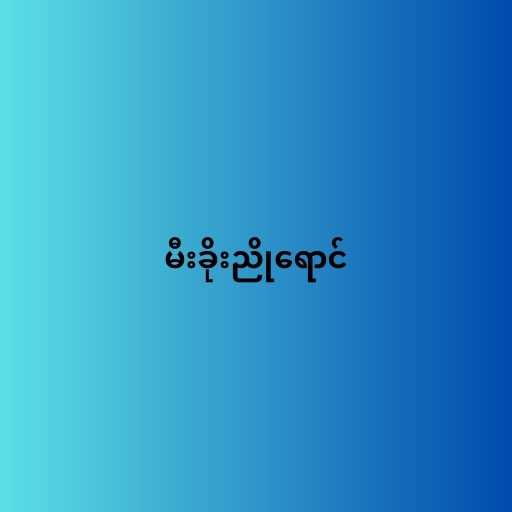
မီးခိုးညိုရောင်